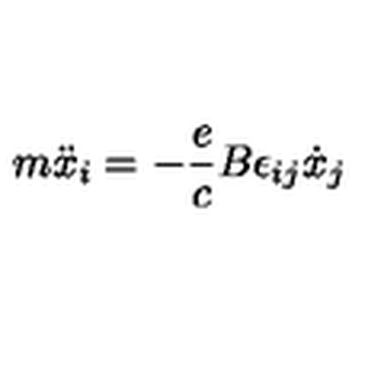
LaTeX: m \ddot { x } _ { i } = - \frac { e } { c } B \epsilon _ { i j } \dot { x } _ { j }